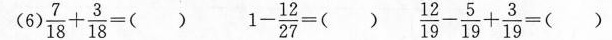
（6) $$\frac { 7 } { 1 8 } + \frac { 3 } { 1 8 } = ( )$$ $$1 - \frac { 1 2 } { 2 7 } = ( )$$ $$\frac { 1 2 } { 1 9 } - \frac { 5 } { 1 9 } + \frac { 3 } { 1 9 } = ( )$$